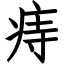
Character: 痔